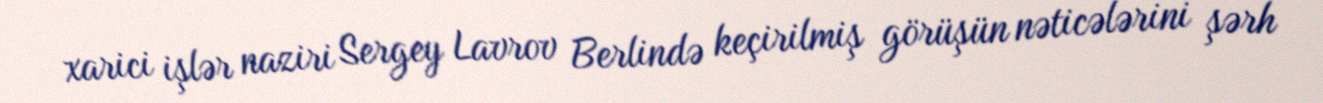
xarici işlər naziri Sergey Lavrov Berlində keçirilmiş görüşün nəticələrini şərh